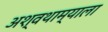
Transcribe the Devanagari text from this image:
अश्वथाम्याला